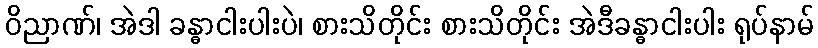
ဝိညာဏ်၊ အဲဒါ ခန္ဓာငါးပါးပဲ၊ စားသိတိုင်း စားသိတိုင်း အဲဒီခန္ဓာငါးပါး ရုပ်နာမ်